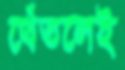
থেঁতলেই